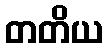
တတိယ